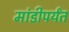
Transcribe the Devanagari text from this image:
मांडीपर्यंत